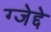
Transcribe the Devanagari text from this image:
ग्जेद्दे